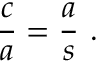
{ \frac { c } { a } } = { \frac { a } { s } } \ .